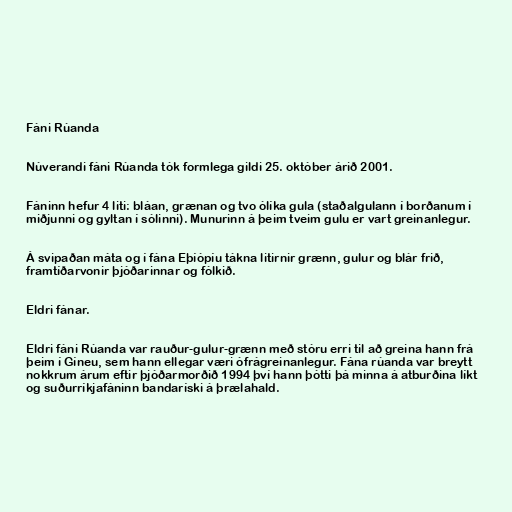
Fáni Rúanda

Núverandi fáni Rúanda tók formlega gildi 25. október árið 2001.

Fáninn hefur 4 liti: bláan, grænan og tvo ólíka gula (staðalgulann í borðanum í
miðjunni og gyltan í sólinni). Munurinn á þeim tveim gulu er vart greinanlegur.

Á svipaðan máta og í fána Eþíópíu tákna litirnir grænn, gulur og blár frið,
framtíðarvonir þjóðarinnar og fólkið.

Eldri fánar.

Eldri fáni Rúanda var rauður-gulur-grænn með stóru erri til að greina hann frá
þeim í Gíneu, sem hann ellegar væri ófrágreinanlegur. Fána rúanda var breytt
nokkrum árum eftir þjóðarmorðið 1994 því hann þótti þá minna á atburðina líkt
og suðurríkjafáninn bandaríski á þrælahald.